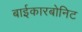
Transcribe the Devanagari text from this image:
बाईकारबोनिट